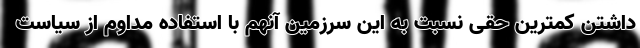
داشتن کمترین حقی نسبت به این سرزمین آنهم با استفاده مداوم از سیاست